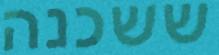
ששכנה